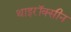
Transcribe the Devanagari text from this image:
थाइरॉक्सीन